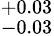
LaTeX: _{-0.03}^{+0.03}